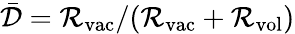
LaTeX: \bar{\mathcal{D}}=\mathcal{R}_{\mathrm{vac}}/(\mathcal{R}_{\mathrm{vac}}+\mathcal{R}_{\mathrm{vol}})